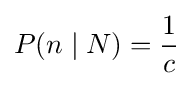
P(n\mid N)={\frac {1}{c}}